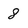
Character: 8